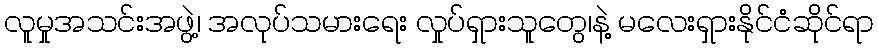
လူမှုအသင်းအဖွဲ့၊ အလုပ်သမားရေး လှုပ်ရှားသူတွေ၊နဲ့ မလေးရှားနိုင်ငံဆိုင်ရာ